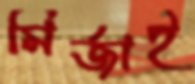
মির্জাই